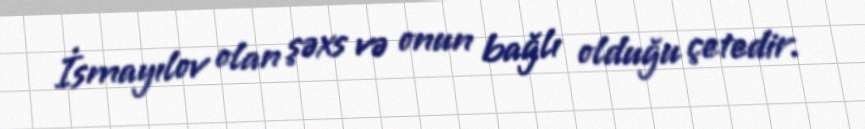
İsmayılov olan şəxs və onun bağlı olduğu çetedir.